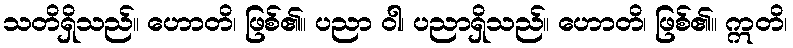
သတိရှိသည်။ ဟောတိ၊ ဖြစ်၏။ ပညာ ဝါ၊ ပညာရှိသည်။ ဟောတိ၊ ဖြစ်၏။ ဣတိ၊